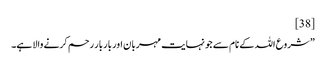
[38]
” شروع اللہ کے نام سے جو نہایت مہربان اور بار بار رحم کرنے والا ہے۔